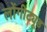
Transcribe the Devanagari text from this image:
लोंगीट्यूड